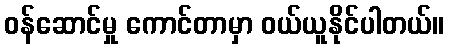
ဝန်ဆောင်မှု ကောင်တာမှာ ဝယ်ယူနိုင်ပါတယ်။